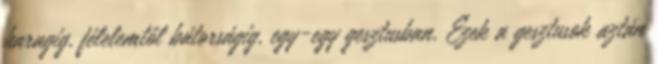
haragig, félelemtől bátorságig, egy-egy gesztusban. Ezek a gesztusok aztán